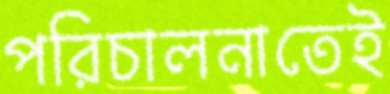
পরিচালনাতেই